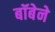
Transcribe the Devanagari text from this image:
बॉबेने